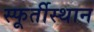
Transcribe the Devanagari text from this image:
स्फूर्तीस्थान